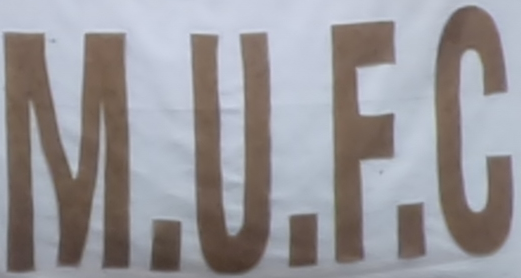
M.U.F.C